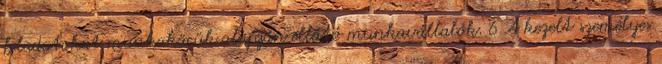
feladatokat munkakörük alapján ellátó munkavállalók. 6 A kezelt személyes